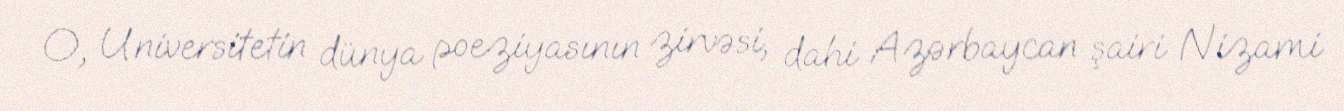
O, Universitetin dünya poeziyasının zirvəsi, dahi Azərbaycan şairi Nizami